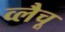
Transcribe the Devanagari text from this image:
व्लैचू